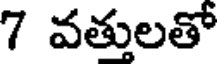
7 వత్తులతో